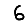
Digit: 6